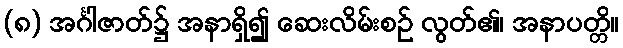
(၈) အင်္ဂါဇာတ်၌ အနာရှိ၍ ဆေးလိမ်းစဉ် လွတ်၏၊ အနာပတ္တိ။